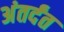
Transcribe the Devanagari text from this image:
अंतर्दंत